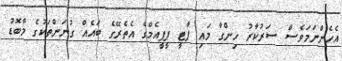
އެހެންނަމަވެސް ސަރުކާރު ހިންގާ މައި ޕާޓީ ޕީޕީއެމްގެ އެތެރޭގެ ބައެއް ގުނަންތަކުގެ މާބޮޑު